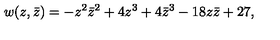
w ( z , \bar { z } ) = - z ^ { 2 } \bar { z } ^ { 2 } + 4 z ^ { 3 } + 4 \bar { z } ^ { 3 } - 1 8 z \bar { z } + 2 7 ,